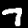
Label: 7